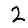
Digit: 2